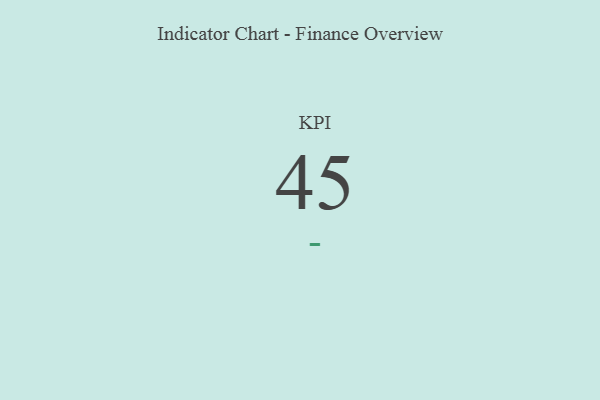
{"axis": {"x": "KPI", "y": "Value"}, "legend": [""], "data": [{"x": "KPI", "y": 45, "type": ""}]}